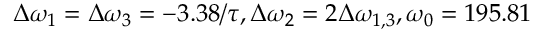
\Delta \omega _ { 1 } = \Delta \omega _ { 3 } = - 3 . 3 8 / \tau , \Delta \omega _ { 2 } = 2 \Delta \omega _ { 1 , 3 } , \omega _ { 0 } = 1 9 5 . 8 1